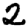
Digit: 2